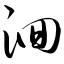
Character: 洄